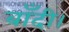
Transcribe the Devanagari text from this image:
बाँदी।